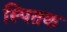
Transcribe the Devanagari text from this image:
स्पितक